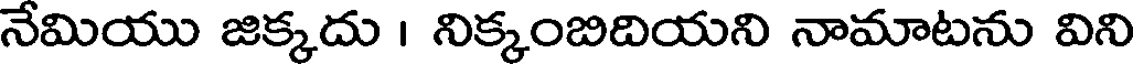
నేమియు జిక్కదు । నిక్కంబిదియని నామాటను విని